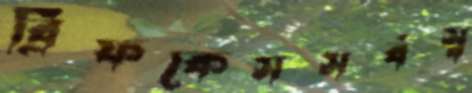
ব্রিফকেসসর্বস্ব